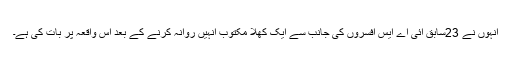
انہوں نے 23سابق ائی اے ایس افسروں کی جانب سے ایک کھلا مکتوب انہیں روانہ کرنے کے بعد اس واقعہ پر بات کی ہے۔